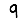
Digit: 9